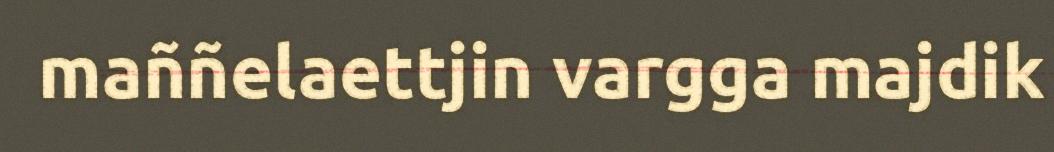
maññelaettjin vargga majdik